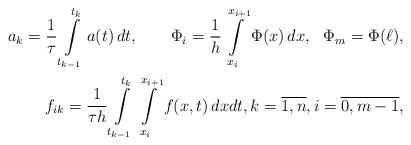
LaTeX: \begin{align*}a_k = \frac1{\tau}\int\limits_{t_{k-1}}^{t_k}a(t)\,dt,\qquad\Phi_i = \frac 1h\int\limits_{x_i}^{x_{i+1}}\Phi(x)\,dx,~~ \Phi_m=\Phi(\ell), \\ f_{ik}=\frac{1}{\tau h}\int\limits_{t_{k-1}}^{t_k} \int\limits_{x_i}^{x_{i+1}}f(x,t)\,dxdt,k=\overline{1,n},i=\overline{0,m-1} ,\end{align*}